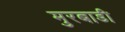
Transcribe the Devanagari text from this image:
मुरबाडी